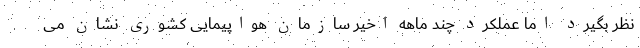
نظر بگیرد اما عملکرد چند ماهه اخیر سازمان هواپیمایی کشوری نشان می